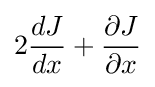
2{dJ \over dx}+{\partial J \over \partial x}